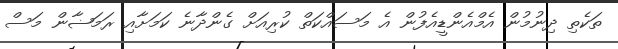
ތަކެތި ދިނުމުން އެމްއެންޑީއެފުން އެ މަސައްކަތް ކުރިއަށް ގެންދާނެ ކަމަށާއި ރަމަޟާން މަސް